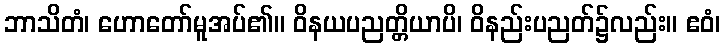
ဘာသိတံ၊ ဟောတော်မူအပ်၏။ ဝိနယပညတ္တိယာပိ၊ ဝိနည်းပညတ်၌လည်း။ ဧဝံ၊